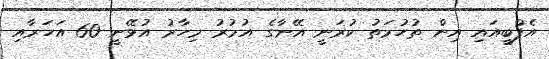
އެފްބީއައި އިން ތުހުމަތު ކުރަނީ އޭނާގެ އުމުރު މިހާރު އުޅޭނީ 60 އަހަރާއި